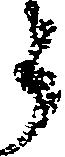
う